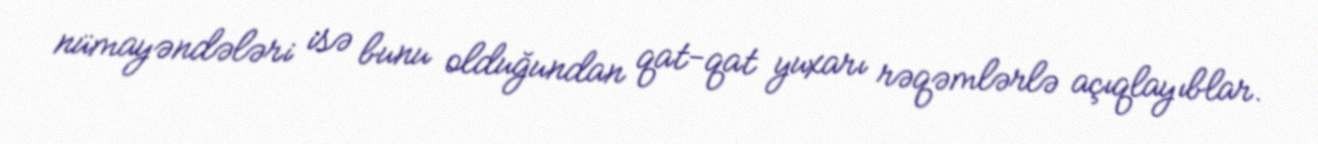
nümayəndələri isə bunu olduğundan qat-qat yuxarı rəqəmlərlə açıqlayıblar.